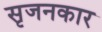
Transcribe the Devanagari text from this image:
सृजनकार